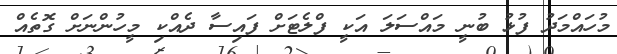
މުހައްމަދު ފުޅު ބުނީ މައްސަލަ އަކީ ފްލެޓަށް ފައިސާ ދެއްކި މީހުންނަށް ގޮތެއް